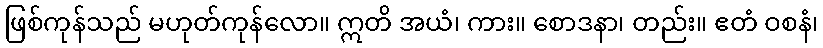
ဖြစ်ကုန်သည် မဟုတ်ကုန်လော။ ဣတိ အယံ၊ ကား။ စောဒနာ၊ တည်း။ ဧတံ ဝစနံ၊